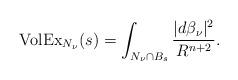
LaTeX: \begin{align*}{\rm VolEx}_{N_{\nu}}(s) =\int_{N_{\nu}\cap B_{s}} \frac{|d\beta_{\nu}|^2}{R^{n+2}}.\end{align*}